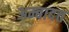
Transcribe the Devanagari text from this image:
अम्बादत्त